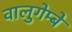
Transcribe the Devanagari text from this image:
वालुगेम्बे